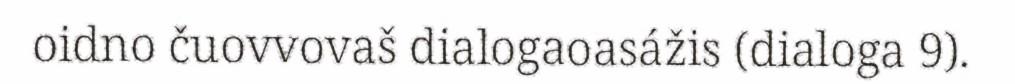
oidno čuovvovaš dialogaoasážis (dialoga 9).